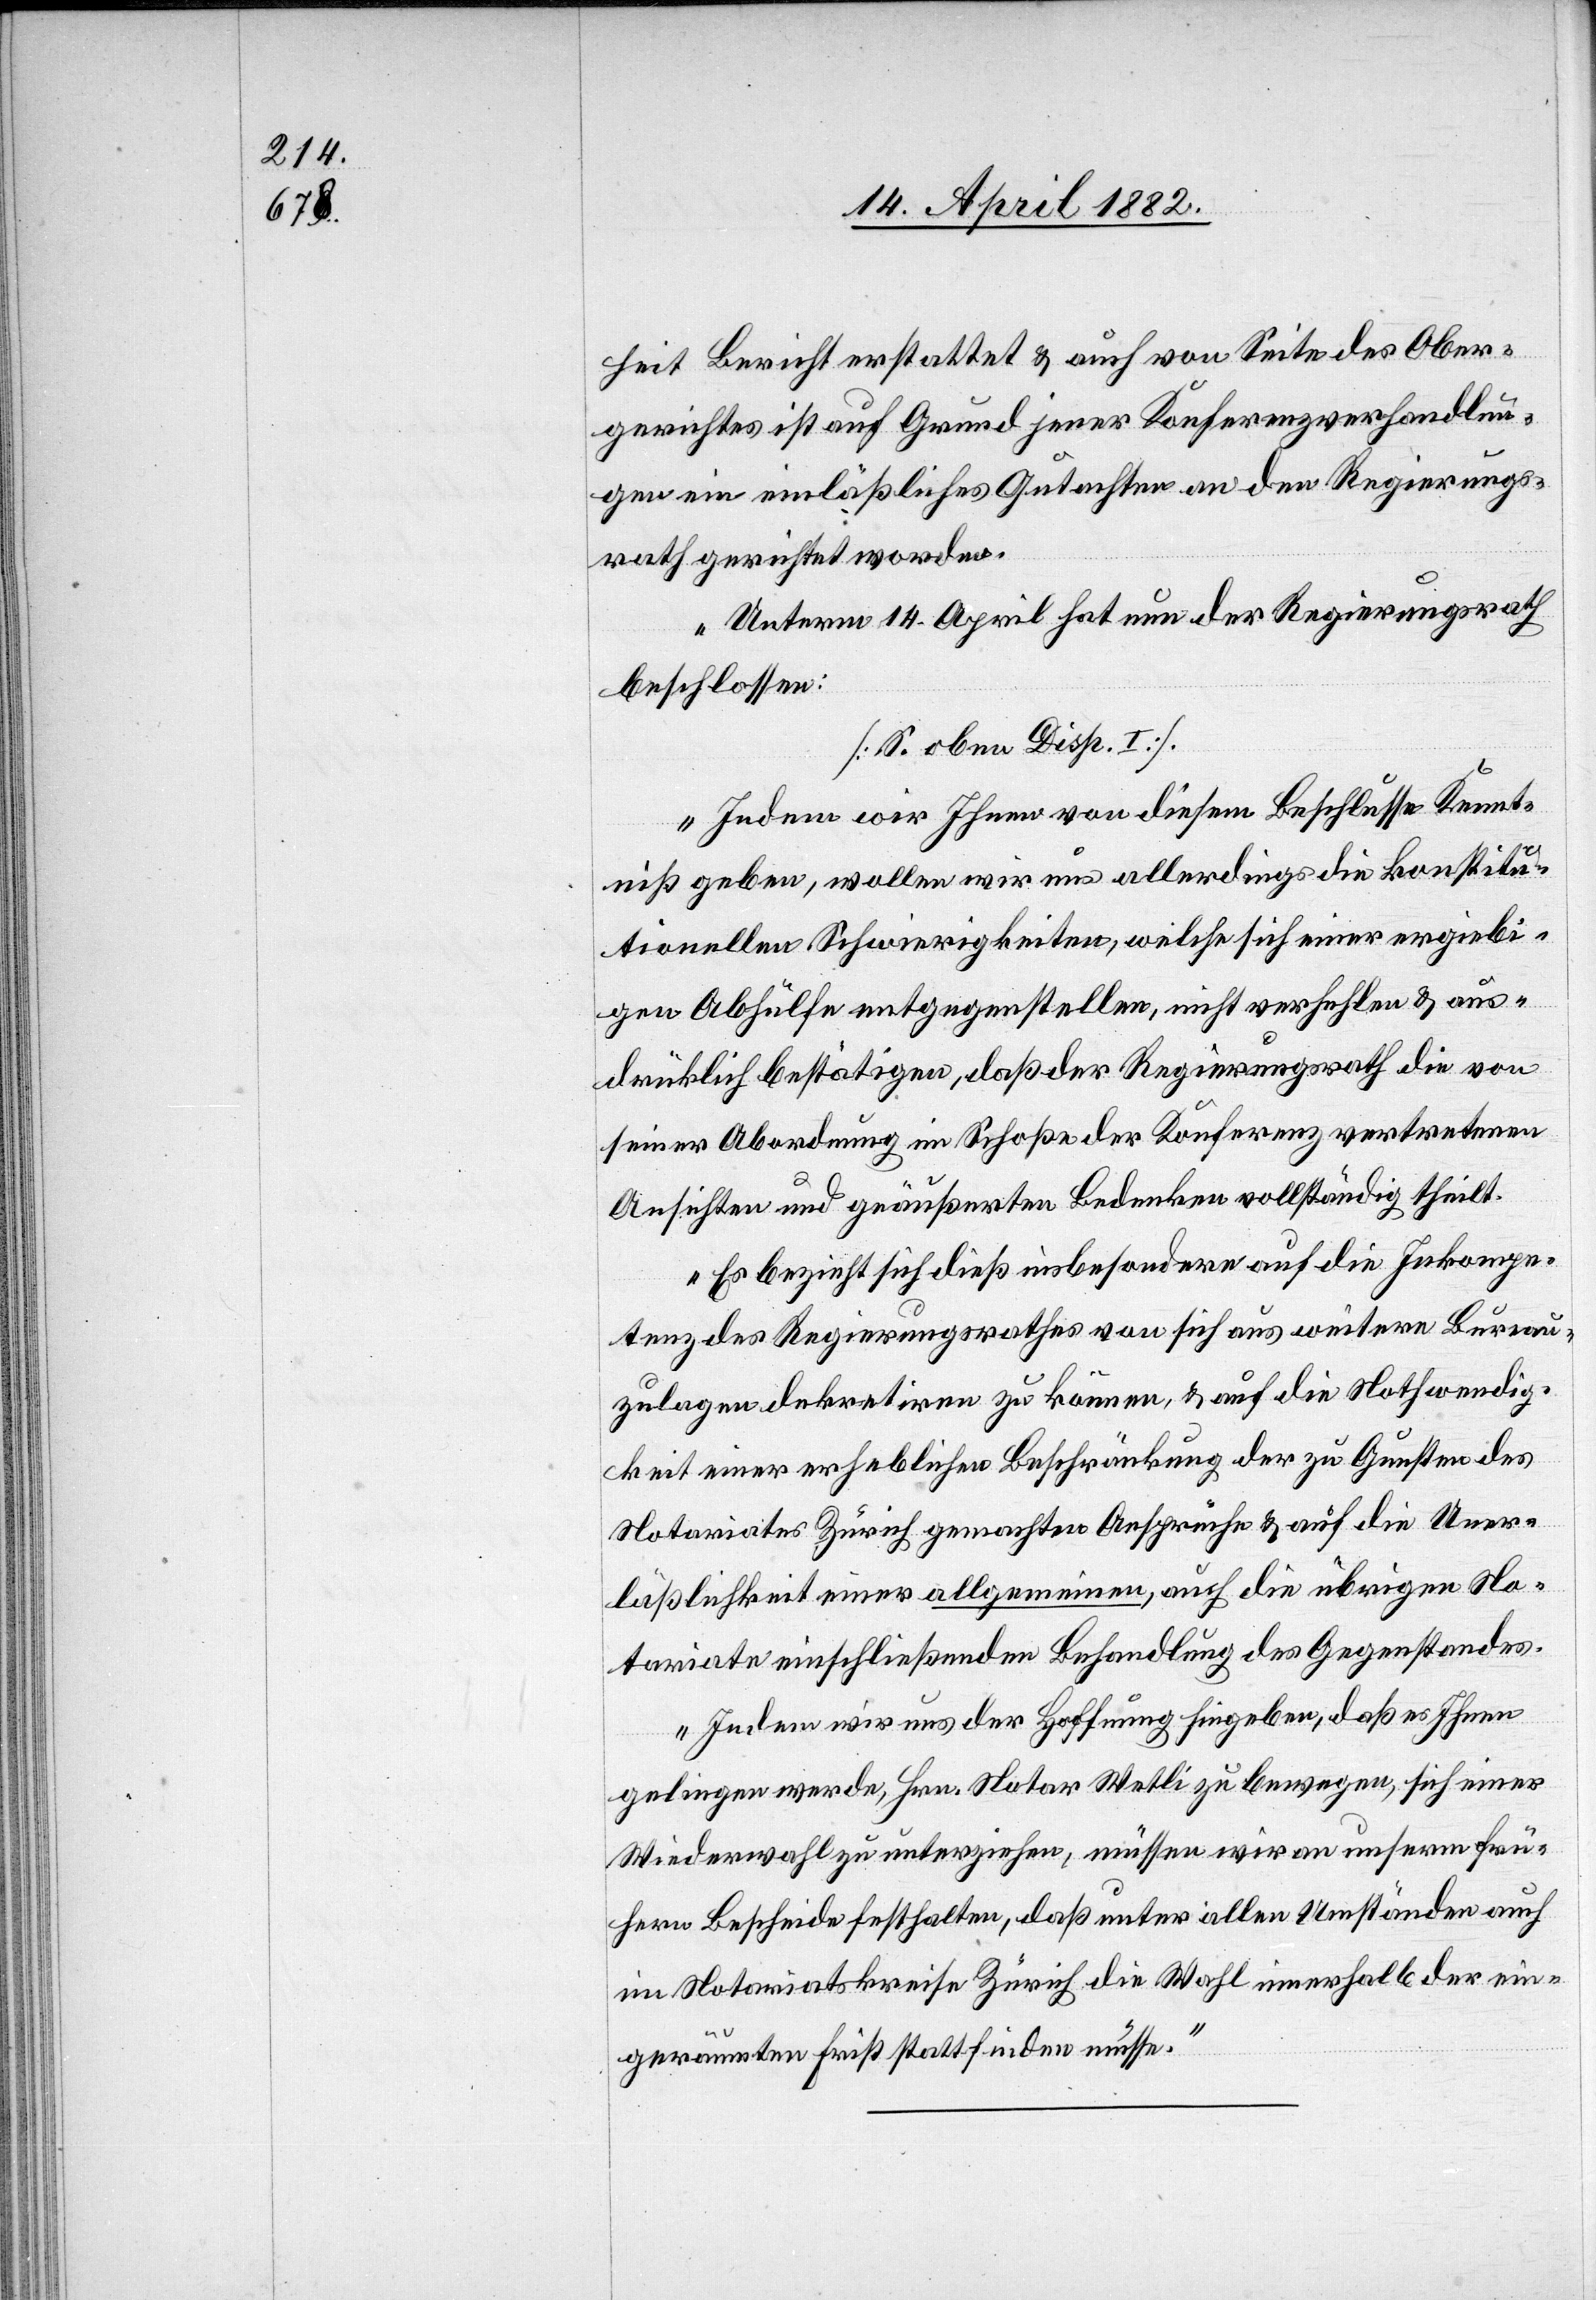
heit Bericht erstattet & auch von Seite des Ober¬
gerichtes ist auf Grund jener Konferenzverhandlun¬
gen ein einläßliches Gutachten an den Regierungs¬
rath gerichtet worden.
Unterm 14. April hat nun der Regierungsrath
beschlossen:
[S. oben Disp. I].
Indem wir Ihnen von diesem Beschlusse Kennt¬
niß geben, wollen wir uns allerdings die konstitu¬
tionellen Schwierigkeiten, welche sich einer ergiebi¬
gen Abhülfe entgegenstellen, nicht verhehlen & aus¬
drüklich bestätigen, daß der Regierungsrath die von
seiner Abordnung im Schoße der Konferenz vertretenen
Ansichten und geäußerten Bedenken vollständig theilt.
Es bezieht sich dieß insbesondere auf die Inkompe¬
tenz des Regierungsrathes von sich aus weitere Bureau¬
zulagen dekretiren zu können, & auf die Nothwendig¬
keit einer erheblichen Beschränkung der zu Gunsten des
Notariates Zürich gemachten Ansprüche & auf die Uner¬
läßlichkeit einer allgemeinen, auch die übrigen No¬
tariate einschließenden Behandlung des Gegenstandes.
Indem wir uns der Hoffnung hingeben, daß es Ihnen
gelingen werde, Hrn. Notar Wetli zu bewegen, sich einer
Wiederwahl zu unterziehen, müssen wir an unserm frü¬
hern Bescheide festhalten, daß unter allen Umständen auch
im Notariatskreise Zürich die Wahl innerhalb der ein¬
geräumten Frist stattfinden müsse.“